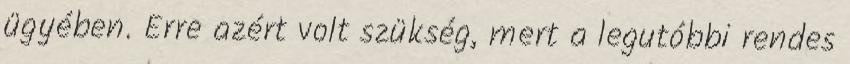
ügyében. Erre azért volt szükség, mert a legutóbbi rendes